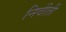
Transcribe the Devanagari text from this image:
निवीती